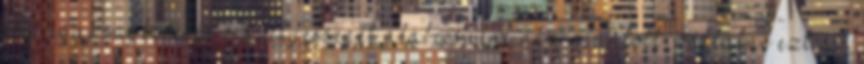
Az igazságkeresés veszélyességét alábecsülni nem ajánlott, vállalni ezt az